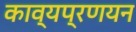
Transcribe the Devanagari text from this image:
काव्यप्रणयन